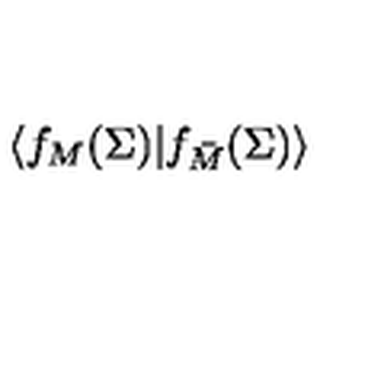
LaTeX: \langle f _ { M } ( \Sigma ) | f _ { \bar { M } } ( \Sigma ) \rangle